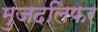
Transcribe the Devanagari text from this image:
मुजदलिफर